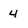
Character: 4